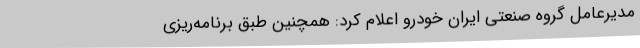
مدیرعامل گروه صنعتی ایران خودرو اعلام کرد: همچنین طبق برنامه‌ریزی